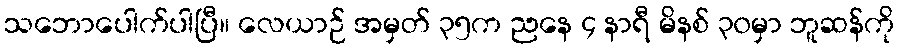
သဘောပေါက်ပါပြီ။ လေယာဉ် အမှတ် ၃၅က ညနေ ၄ နာရီ မိနစ် ၃၀မှာ ဘူဆန်ကို